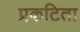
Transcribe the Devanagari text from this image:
प्रकटिता